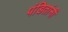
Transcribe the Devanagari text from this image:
पंडितांनीं